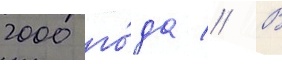
2000 го́да // В